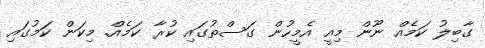
ގާބިލު ކަމެއް ނޫން މިއީ އެމީހުން ގަސްތުގައި ކުރާ ކަމެއް. މިކަން ކަމުގައި